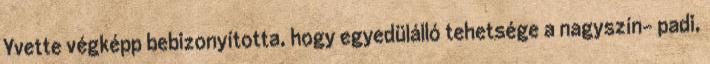
Yvette végképp bebizonyította, hogy egyedülálló tehetsége a nagyszín- padi,